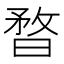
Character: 暓